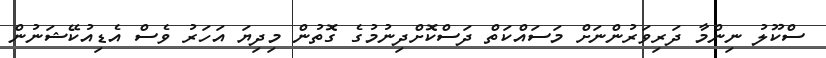
ސްކޫލު ނިންމާ ދަރިވަރުންނަށް މަސައްކަތް ދަސްކޮށްދިނުމުގެ ގޮތުން މިދިޔަ އަހަރު ވެސް އެޑިއުކޭޝަނުން